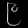
Digit: ၉